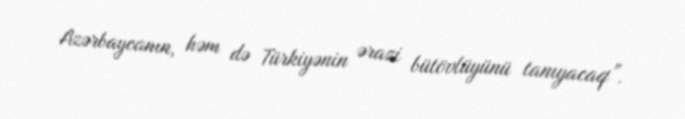
Azərbaycanın, həm də Türkiyənin ərazi bütövlüyünü tanıyacaq”.